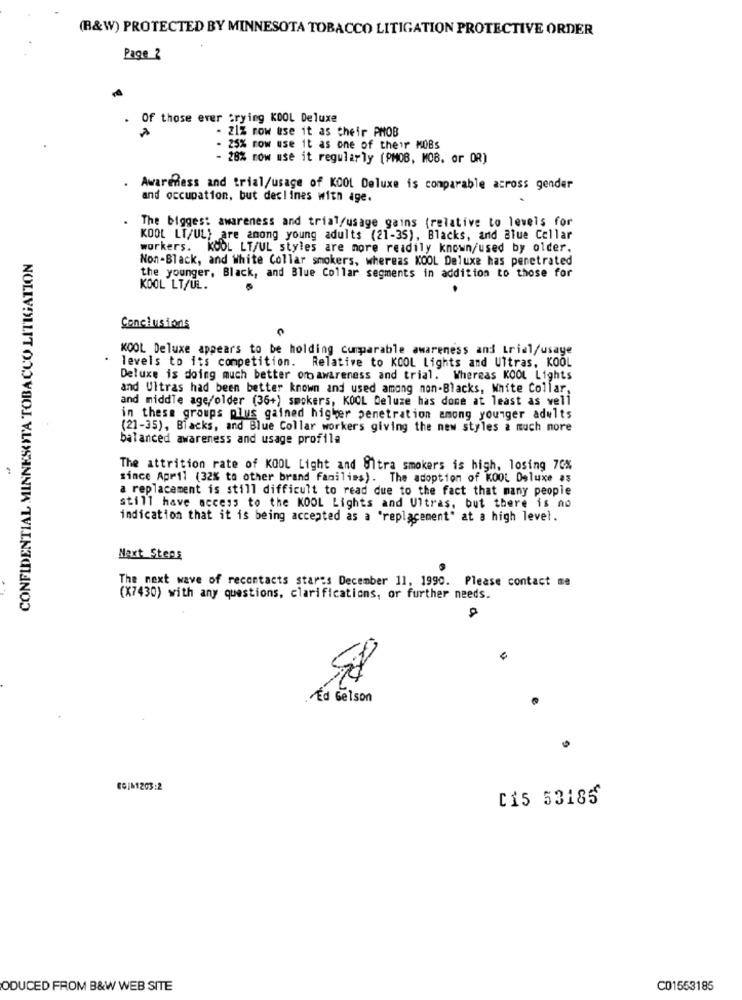
(B&W) PROTECTED BY MINNESOTA TOBACCO LITIGATION PROTECTIVE ORDER
Page 2
Of those ever trying KOOL Deluxe
- 21% row use it as their PMOB
25% row use it as one of their MOBs
- 28% now use it regularly (PMOB, MOB. or OR)
Awareness and trial/usage of KOOL Deluxe is comparable across gender
and occupation, but declines with age.
The biggest awareness and trial/usage gains (relative to levels for
KOOL LT/UL; are among young adults (21-35), Blacks, and Blue Collar
workers.
KOOL LT/UL styles are more readily known/used by older.
CONFIDENTIAL MINNESOTA TOBACCO LITIGATION
Non-Black, and White Collar smokers, whereas KOOL Deluxe has penetrated
the younger, Black, and Blue Collar segments in addition to those for
KOOL LT/UL.
Conclusions
KOOL Deluxe appears to be holding cumparable awareness and trial/usaye
levels to its competition. Relative to KOOL Lights and Ultras, KOOL
Deluxe is doing much better omawareness and trial. Whereas KOOL Lights
and Ultras had been better known and used among non-Blacks, White Collar,
and middle age/older (36+) smokers, KOOL Deluze has done at least as vell
in these groups plus gained higher penetration among younger adults
(21-35), Blacks, and Blue Collar workers giving the new styles a much more
balanced awareness and usage profila
The attrition rate of KOOL Light and Ultra smokers is high, losing 70%
since April (32% to other brand families). The adoption of KOOL Deluxe #3
a replacement is still difficult to read due to the fact that many people
still have access to the KOOL Lights and Ultras, but there is no
indication that it is being accepted as a "replacement" at a high level.
Next Steps
The next wave of recontacts starts December 11, 1990. Please contact me
(X7430) with any questions, clarifications, or further needs.
Ed Gelson
CO/ 1203:2
C15 53185
ODUCED FROM B&W WEB SITE
C01553185